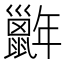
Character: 𢆭